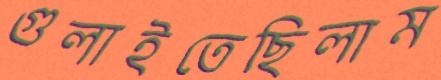
গুলাইতেছিলাম